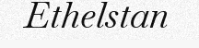
Ethelstan